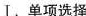
Ⅰ.单项选择